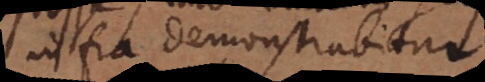
ein. demonstrabitur,